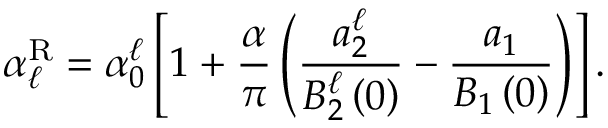
\alpha _ { \ell } ^ { \mathrm { R } } = \alpha _ { 0 } ^ { \ell } \left[ 1 + \frac { \alpha } { \pi } \left( \frac { a _ { 2 } ^ { \ell } } { B _ { 2 } ^ { \ell } \left( 0 \right) } - \frac { a _ { 1 } } { B _ { 1 } \left( 0 \right) } \right) \right] .